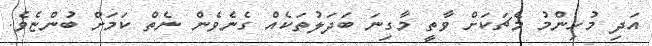
އަދި މުހިންމު މެޗަކަށް ވާތީ މާގިނަ ބަދަލުތަކެއް ގެނެވެން ނެތް ކަމަށް ބުންޏެވެ.